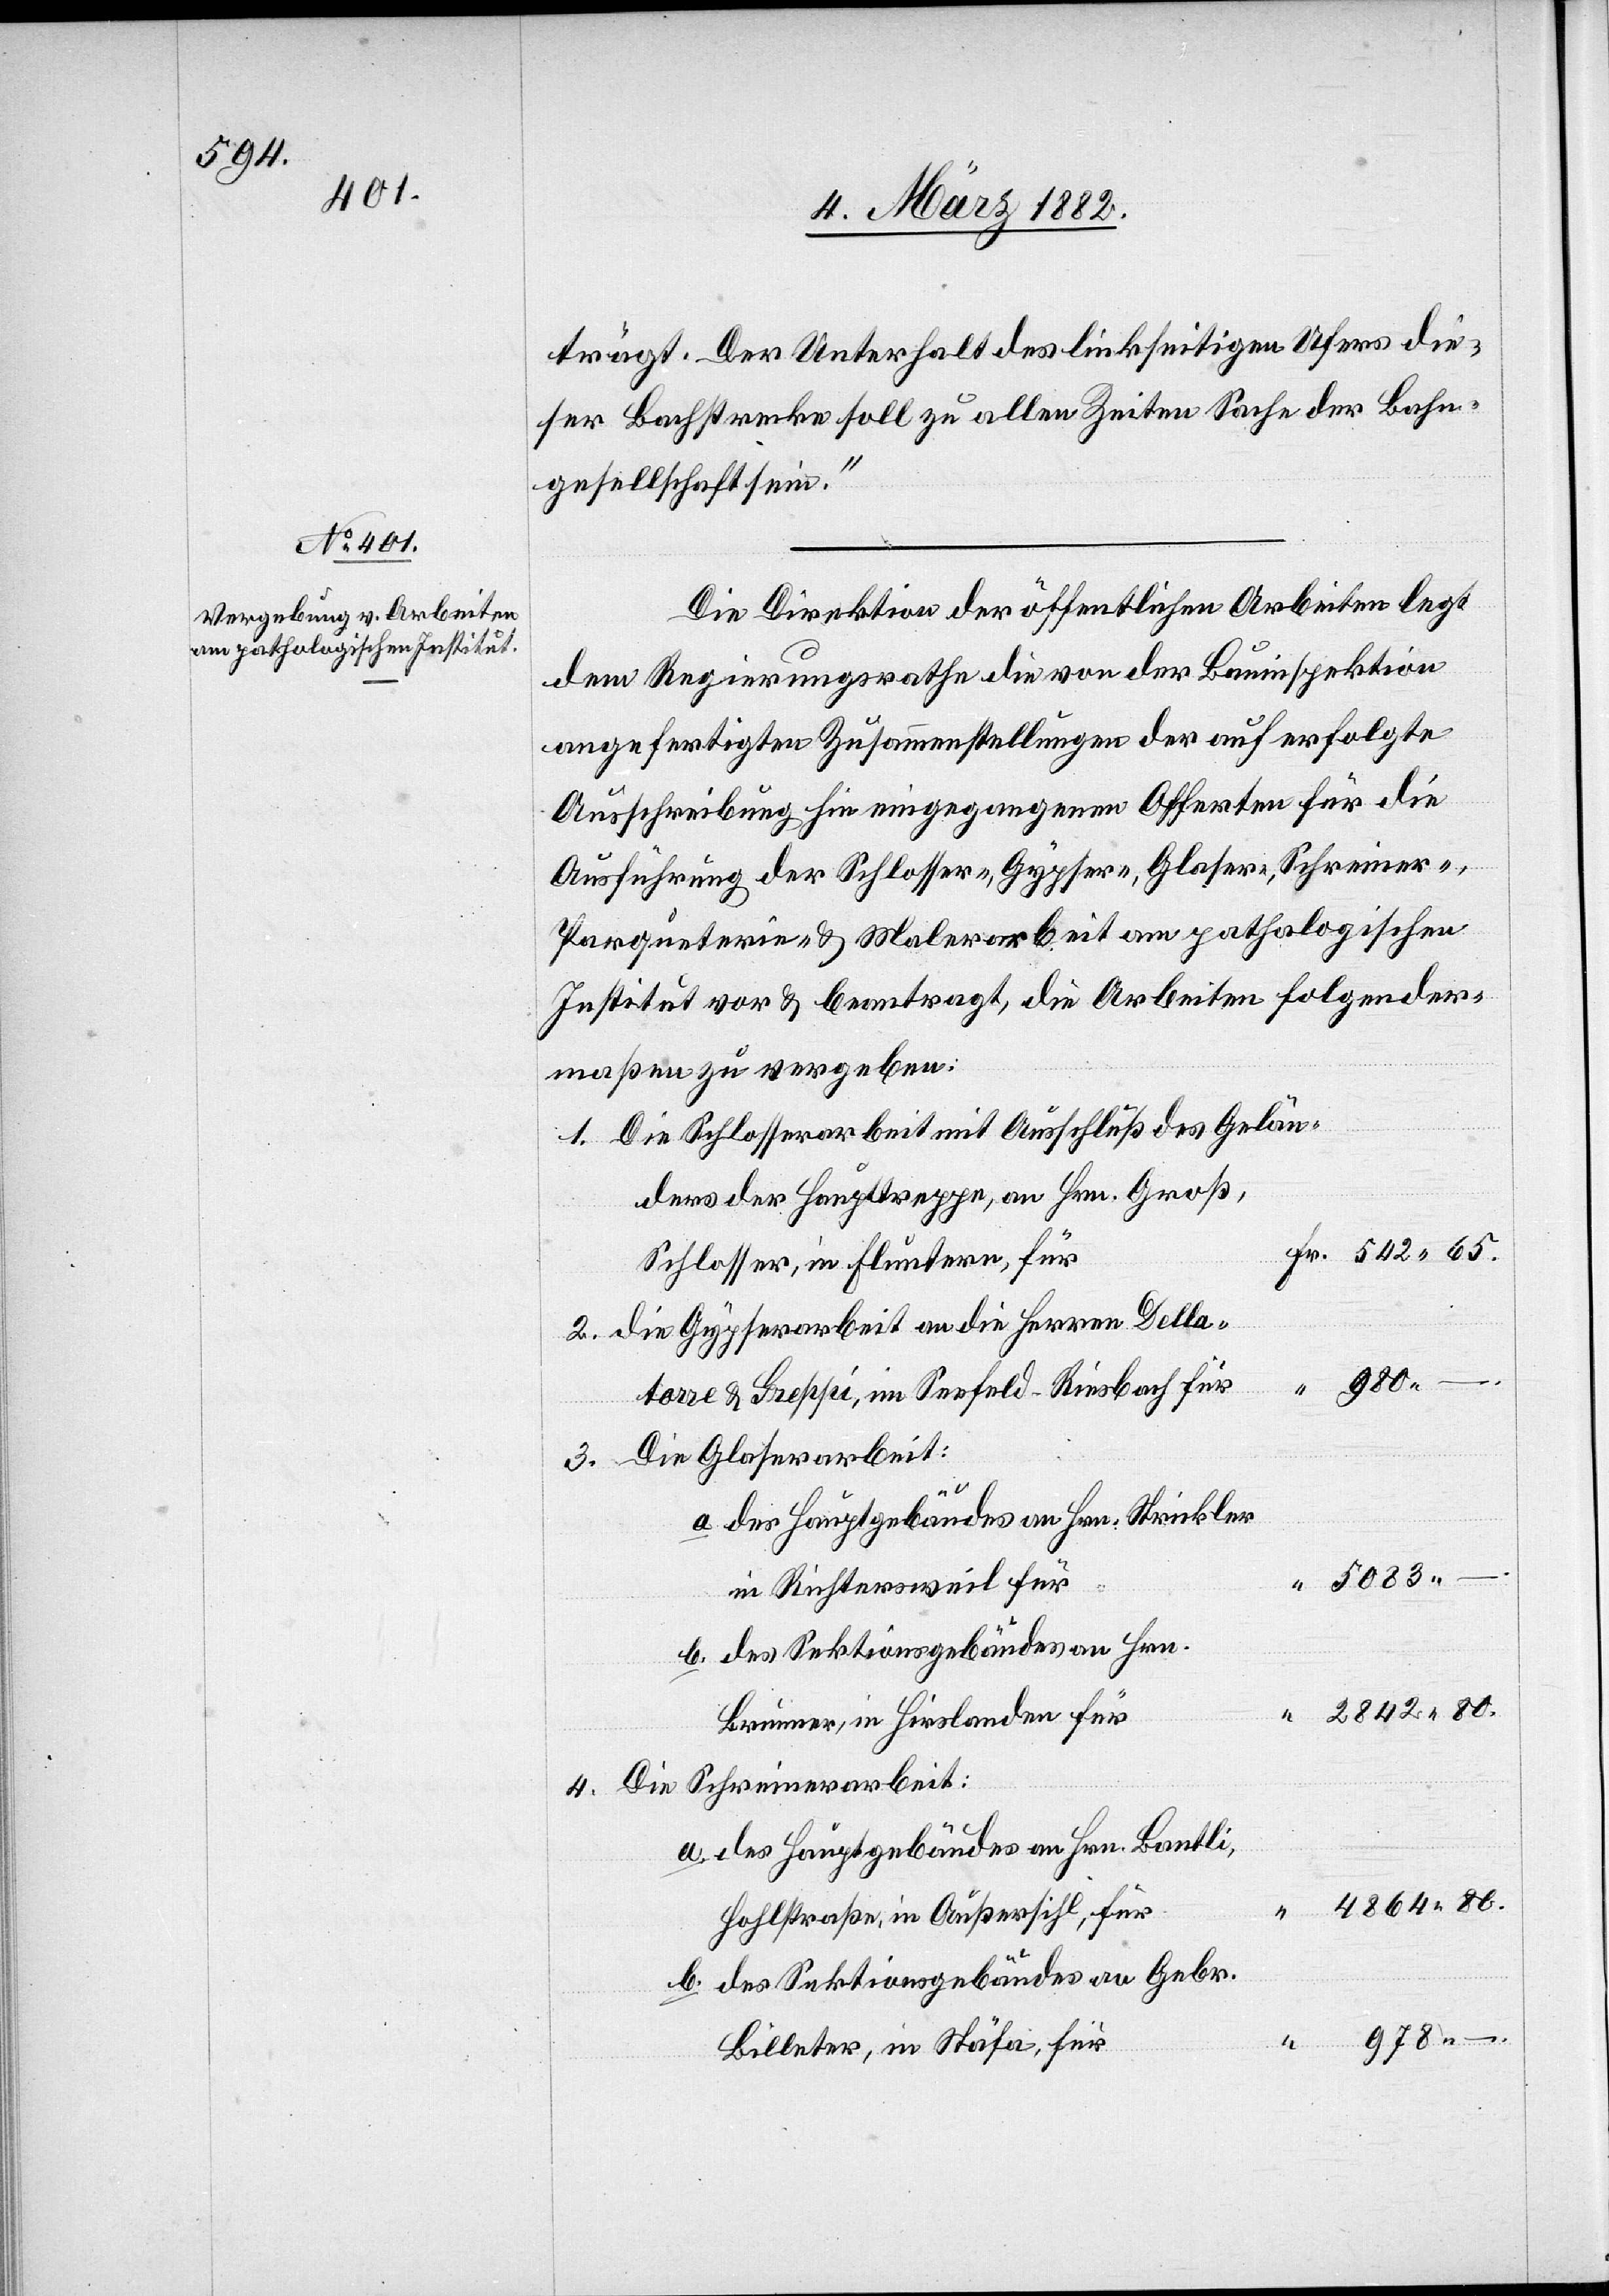
trägt. Der Unterhalt des linkseitigen Ufers die¬
ser Bachstrecke soll zu allen Zeiten Sache der Bahn¬
gesellschaft sein.“
Die Direktion der öffentlichen Arbeiten legt
dem Regierungsrathe die von der Bauinspektion
angefertigten Zusammenstellungen der auf erfolgte
Ausschreibung hin eingegangenen Offerten für die
Ausführung der Schlosser-, Gypser-, Glaser-, Schreiner-,
Parqueterie- & Malerarbeit am pathologischen
Institut vor & beantragt, die Arbeiten folgender¬
maßen zu vergeben:
Die Schlosserarbeit mit Ausschluß des Gelän¬
ders der Haupttreppe, an Hrn. Groß,
Schlosser, in Fluntern für
die Gypserarbeit an die Herren Della¬
tore & Greppi, im Seefeld - Riesbach für
80.
des Hauptgebäudes an Hrn. Strickler
b.
in Richtersweil für
des Sektionsgebäudes an Hrn.
Brunner, in Hirslanden für
Die Schreinerarbeit:
des Hauptgebäudes an Hrn. Bantli,
4864 80.
Hohlstraße, in Außersihl, für
des Sektionsgebäudes an Gebr.
978 –.
4.
Billeter, in Stäfa, für